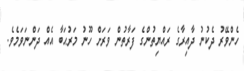
ހެންވޭރު ދެކުނު ދާއިރާގެ ރައްޔިތުންގެ ފަރާތުން ވަރަށް ހޫނު މަރުޙަބާ އެއް ދަންނަވަމެވެ.